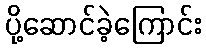
ပို့ဆောင်ခဲ့ကြောင်း